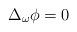
LaTeX: \begin{align*} \Delta_\omega \phi = 0 \end{align*}